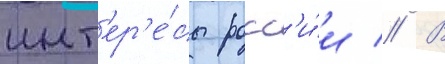
инт'ер'е́сы росс'и́и // В